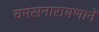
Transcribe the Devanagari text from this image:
चमसनारायणानें